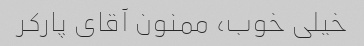
خیلی خوب، ممنون آقای پارکر